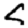
Digit: 5